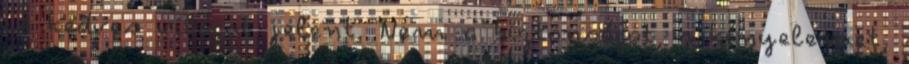
is kedves világot jelent. Nem a biztonságot, a kényelemet,